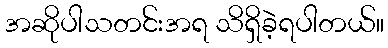
အဆိုပါသတင်းအရ သိရှိခဲ့ရပါတယ်။